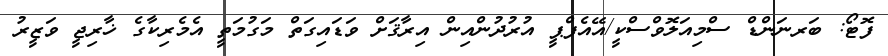
ފޮޓޯ: ބަރނަންޑް ސްމިއަލޮވްސްކީ/އޭއެފްޕީ އުރުދުންއިން އިރާޤަށް ވަޑައިގަތް މަގުމަތީ އެމެރިކާގެ ޚާރިޖީ ވަޒީރު